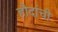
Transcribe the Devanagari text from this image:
हौदांची